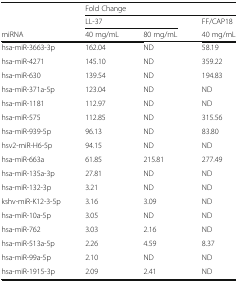
<table><thead><tr><td></td><td colspan="3"><b>Fold Change</b></td></tr><tr><td></td><td colspan="2"><b>LL-37</b></td><td><b>FF/CAP18</b></td></tr><tr><td><b>miRNA</b></td><td><b>40 mg/mL</b></td><td><b>80 mg/mL</b></td><td><b>40 mg/mL</b></td></tr></thead><tbody><tr><td>hsa-miR-3663-3p</td><td>162.04</td><td>ND</td><td>58.19</td></tr><tr><td>hsa-miR-4271</td><td>145.10</td><td>ND</td><td>359.22</td></tr><tr><td>hsa-miR-630</td><td>139.54</td><td>ND</td><td>194.83</td></tr><tr><td>hsa-miR-371a-5p</td><td>123.04</td><td>ND</td><td>ND</td></tr><tr><td>hsa-miR-1181</td><td>112.97</td><td>ND</td><td>ND</td></tr><tr><td>hsa-miR-575</td><td>112.85</td><td>ND</td><td>315.56</td></tr><tr><td>hsa-miR-939-5p</td><td>96.13</td><td>ND</td><td>83.80</td></tr><tr><td>hsv2-miR-H6-5p</td><td>94.15</td><td>ND</td><td>ND</td></tr><tr><td>hsa-miR-663a</td><td>61.85</td><td>215.81</td><td>277.49</td></tr><tr><td>hsa-miR-135a-3p</td><td>27.81</td><td>ND</td><td>ND</td></tr><tr><td>hsa-miR-132-3p</td><td>3.21</td><td>ND</td><td>ND</td></tr><tr><td>kshv-miR-K12-3-5p</td><td>3.16</td><td>3.09</td><td>ND</td></tr><tr><td>hsa-miR-10a-5p</td><td>3.05</td><td>ND</td><td>ND</td></tr><tr><td>hsa-miR-762</td><td>3.03</td><td>2.16</td><td>ND</td></tr><tr><td>hsa-miR-513a-5p</td><td>2.26</td><td>4.59</td><td>8.37</td></tr><tr><td>hsa-miR-99a-5p</td><td>2.10</td><td>ND</td><td>ND</td></tr><tr><td>hsa-miR-1915-3p</td><td>2.09</td><td>2.41</td><td>ND</td></tr></tbody></table>